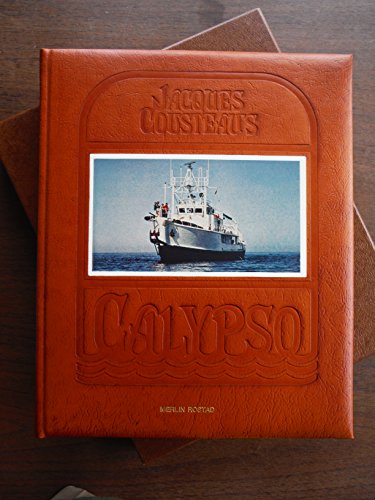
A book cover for Jacques Cousteau's Calypso; Jacques Yves Cousteau; Engineering & Transportation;